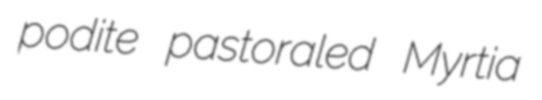
podite pastoraled Myrtia